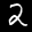
Digit: 2